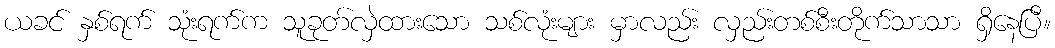
ယခင် နှစ်ရက် သုံးရက်က သူခုတ်လှဲထားသော သစ်လုံးများ မှာလည်း လှည်းတစ်စီးတိုက်သာသာ ရှိနေပြီ။